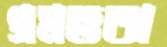
প্রমত্ততা